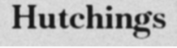
Hutchings